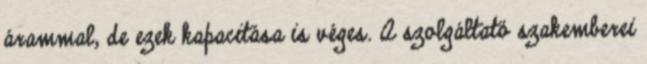
árammal, de ezek kapacitása is véges. A szolgáltató szakemberei